Vital statistics of India. Vol. IV, Annual returns from 1871 to 1876. British Army of India, Native Army and jails of Bengal
Year: 1871
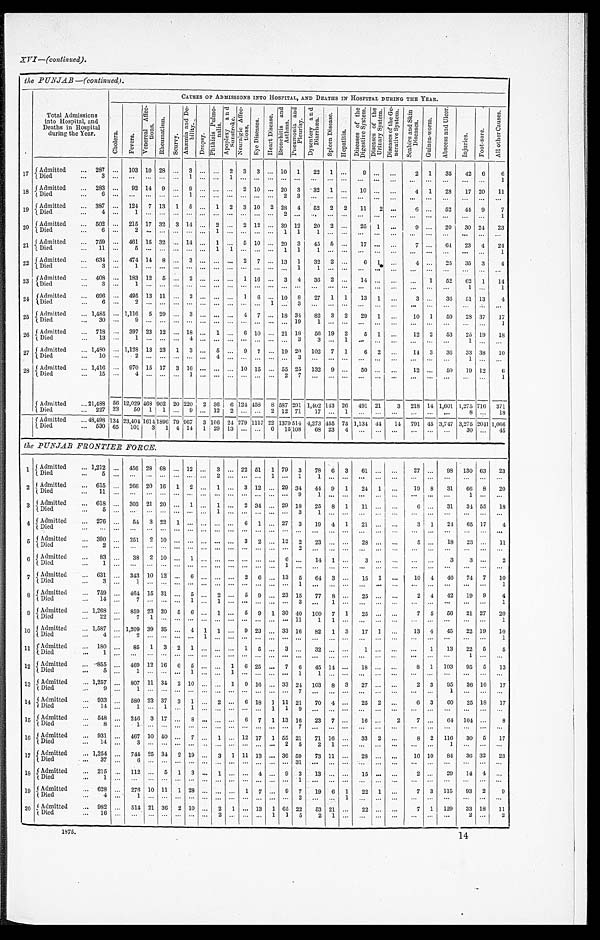
the PUNJAB —(continued).
Total Admissions
into Hospital, and
Deaths in Hospital
during the Year.
CAUSES OF ADMISSIONS INTO HOSPITAL, AND DEATHS IN HOSPITAL DURING THE YEAR.
C h o l e r a .
F e v e r s .
V e n e r a l A f f e c t i o n s .
R h e u ma t i s m.
S c u r v y .
A n æ m i a a n d D e b i l i t y .
D r o p s y .
P h t h i s i s P u l m o n a l i s .
A p o p l e x y a n d S u n s t r o k e .
N e u r a l g i c A f f e c t i o n s .
E y e D i s e a s e s .
H e a r t D i s e a s e .
B r o n c h i t i s a n d A s t h m a . P n e u m o n i a a n d P l e u r i s y .
D y s e n t e r y a n d D i a r r h œ a .
S p l e e n D i s e a s e .
H e p a t i t i s .
D i s e a s e s o f t h e D i g e s t i v e S y s t e m .
D i s e a s e s o f t h e U r i n a r y S y s t e m .
D i s e a s e s o f t h e G e n e r a t i v e S y s t e m . S c a b i e s a n d S k i n D i s e a s e s .
G u i n e a - w o r m .
A b s c e s s a n d U l c e r .
I n j u r i e s .
F o o t - s o r e .
A l l o t h e r C a u s e s .
1 7
Admitted
... 287
. . . 103 10 28 ... 3
. . .
. . . 2 3 3 ... 10 1
22 1 ...
9
. . .
. . .
2 1
35
42 6
6
Died
. . .
3
. . .
. . . . . . ...
. . .
1
. . .
. . .
1
. . .
. . .
. . .
. . . . . .
. . . . . .
. . .
. . .
. . .
. . .
...
. . .
. . .
. . . ...
1
1 8 Admitted
... 283
. . . 92 14 9 ... 9
. . .
. . .
. . . 2 10
. . . 20 3
32 1 ...
10
. . .
. . .
4 1
28
17 20
11
Died
. . .
6
. . .
. . . . . . ...
. . .
1
. . .
. . .
. . .
. . .
. . .
. . .
2
3
. . .
. . . . . .
. . .
. . .
. . .
. . .
. . .
. . .
. . . ...
. . .
1 9 Admitted
. . . 387 ... 124 7 13 1 5
. . .
1
2 3 10 2 28 4
52 2 2
11
2
. . .
6 ...
52
44 9
7
Died
. . .
4
. . .
1 . . . ...
. . .
. . .
. . .
. . .
. . .
. . .
. . .
. . .
2
. . .
. . .
. . .
. . .
. . .
. . .
. . .
. . .
. . .
. . .
. . .
...
1
20
Admitted
. . . 502 ... 215 17 32 3 14
. . .
2
. . .
2
1 2
. . .
3 9 12
20 2 ...
25 1
. . .
9 ...
20
30 24
23
Died
. . .
6
. . .
2 . . . ...
. . .
. . .
. . .
1
. . .
. . .
. . .
. . .
1
1
1
. . . . . .
. . .
. . .
. . .
. . .
. . .
. . .
. . . ...
. . .
21
Admitted
. . . 759 ... 461 15 32
. . .
1 4 . . .
1 . . .
5
1 0 . . . 29 3
45 5 ...
17 ... ...
7
. . . 64 23 4
24
Died
. . .
1 1
. . .
5 . . . ...
. . .
. . .
. . .
1
1
. . .
. . .
. . .
1
1
1
. . .
. . .
. . .
. . .
. . .
. . .
. . .
. . .
. . .
...
1
2 2 Admitted
...
6 3 4
. . .
4 7 4 1 4
8
. . .
3
. . .
. . .
. . .
2
7
. . .
1 3
1
3 2
2
. . .
6
1
. . .
4
. . .
2 5
3 5
3
4
Died
. . .
3
. . .
1 . . .
. . . . . .
. . .
. . .
. . .
. . .
. . .
. . .
. . .
. . . 1
1
. . .
. . .
. . .
. . .
. . .
. . .
. . .
. . .
. . .
. . .
. . .
2 3 Admitted
... 408 ... 183 12 5
. . . 2
. . .
. . .
. . . 1 16
. . .
3
4
3 6
2
. . .
1 4
. . .
. . .
. . .
1
5 2
6 2 1
1 4
Died
. . .
3
. . .
1 . . .
. . . . . .
. . .
. . .
. . .
. . .
. . .
. . .
. . .
. . . . . .
. . .
. . .
. . .
. . .
. . .
. . .
. . .
. . .
. . .
1 ...
1
2 4 Admitted
... 696 ... 495 13 11 ... 2
. . .
. . .
. . . 1 6 ... 10 8
27 1 1
13 1 ...
3 ...
36
51 13
4
Died
. . .
6
. . .
2 . . . ...
. . .
. . .
. . .
. . .
. . .
. . .
. . .
1
. . . 3
. . .
. . .
. . .
. . .
. . .
. . .
. . .
. . .
. . .
. . .
...
. . .
2 5 Admitted
. . .
1 , 4 8 5
. . . 1,116 5 29
. . . 3
. . .
. . .
. . .
4
7
. . . 18 34
82 3 2
29
1 ...
10 1
59
28 37
17
Died
. . .
3 0
. . .
9 . . . ...
. . .
. . .
. . .
. . .
. . .
. . .
. . .
. . .
. . . 1 9
1
. . .
. . .
. . .
. . .
. . .
. . .
. . .
. . .
. . .
...
1
26 Admitted
... 718 ... 397 23 12
. . . 18 ... 1 ... 6 10 ..
.
21 18
56 19 2
5 1
. . .
12 2
53
25 19
1 8
Died
. . .
1 3
. . .
1 . . . ...
. . .
4
. . .
. . .
. . .
. . .
. . .
. . .
. . . 3
3
. . .
1
. . .
. . .
. . .
. . .
. . .
. . .
1 ...
. . .
2 7 Admitted
... 1,480 ... 1,128 13 23 1 3
. . .
5
. . . 9
7
. . .
1 9 20 102 7 1
6 2 ...
14 3
36
33 38
10
Died
...
10
. . .
2
. . .
...
. . .
. . .
. . .
4
. . .
. . .
. . .
. . .
. . . 3
. . .
. . .
. . .
. . .
. . .
. . .
. . .
. . .
. . .
1 ...
. . .
2 8 Admitted
... 1,416 ... 970 15 17 3 16 ... ... ... 10 15 ... 55 25 132 9 ...
50 ...
...
12 ...
50
19 12
6
Died
...
1 5
. . .
4
. . .
...
. . .
1
. . .
. . .
. . .
. . .
. . .
. . .
2
7
. . .
. . .
. . .
. . .
. . .
. . .
. . .
. . .
. . .
. . . ...
1
Admitted
... 21,488 56 12,029
4 6 8 902
2 0 220 2 36 6 124 458 8 587 291 1,402
1 4 3
2 6 491 21
3 218 14 1,601 1,275 716 371
Died
... 227 23
50 1 1
. . . 9
. . .
1 2 2
. . .
. . . 2 12 71
17
. . . 1 ... ... ...
... ... ...
8
. . . 18
Admitted
... 48,498 134
2 3 , 4 0 4
1 6 1 4
1896 7 9 9 6 7
3
1 0 6
2 4
2 7 9
1 1 1 7 22
1 3 7 9 5 1 4
4 , 2 7 3 4 5 5
7 5
1 , 1 3 4
4 4
1 4 791 45 3,747 3,275 2041
1 , 0 6 6
Died
. . . 530 65
101
3 1 4 14 1 29 13
. . .
. . .
6
1 5 1 0 8
6 8 2 3
4
. . .
. . .
. . .
. . .
. . .
. . .
3 0
. . .
4 5
the PUNJAB FRONTIER FORCE.
1 Admitted
...
1 , 2 1 2 . . .
4 5 6
2 8 6 8
. . .
1 2
. . .
3 ...
2 2
5 1 1 79 3
78 6 3
61
. . .
. . .
2 7 . . .
9 8
1 3 0
6 3
2 3
Died
. . .
5
. . .
. . .
. . .
. . .
. . .
. . .
. . .
2 ...
. . .
. . .
1
. . .
1
1 . . .
. . .
. . . . . .
. . .
. . . . . .
. . .
. . .
. . .
. . .
2 Admitted
. . .
6 1 5
. . .
2 6 6
2 0 1 6
1
2
. . .
1 ... 3 12 ...
2 9
3 4
4 4 9
1
2 4 1
. . .
1 9
8
3 1
6 6
8
2 0
Died
. . .
1 1
. . .
. . .
. . .
. . .
. . .
. . .
. . .
... ...
. . .
. . .
. . .
. . . 9
1 . . .
. . .
. . . . . .
. . .
. . .
. . .
. . .
1
. . .
. . .
3 Admitted
. . .
6 1 8 . . .
3 0 3
2 1
2 0
. . .
1 . . . 1 ...
2 3 4 . . .
2 9
1 8
2 5
8 1
1 1 . . .
. . .
6
. . .
3 1
3 4
5 5
1 8
Died
. . .
5 . . .
. . .
. . .
. . .
. . .
. . .
. . . 1 ...
. . . . . .
. . .
. . . 3
1
. . . . . .
. . . . . .
. . .
. . .
. . .
. . .
. . .
. . .
. . .
4 Admitted
... 276 . . .
5 4
3 2 2
1
. . .
. . . ... ...
6 1
. . .
2 7
3
1 9
4
1
2 1
. . .
. . .
3
1
2 4
6 5
1 7
4
Died
. . .
. . . . . .
. . .
. . . . . .
. . . . . .
. . . ... ...
. . . . . .
. . .
. . .
. . .
. . .
. . .
. . .
. . .
. . .
. . .
. . .
. . .
. . .
. . .
. . .
. . .
5 Admitted
... 390 ... 251 2 10
. . .
. . .
. . . ... ...
3
2
. . .
1 2 2
2 3
. . .
. . .
2 8
. . .
. . .
5
. . .
1 8
2 3
. . .
1 1
Died
. . .
2 . . .
. . .
. . .
. . .
. . .
. . . . . . ... ...
. . . . . .
. . .
. . . 2
. . .
. . . . . .
. . .
. . .
. . .
. . .
. . .
. . .
. . .
. . .
. . .
6
Admitted
...
83
. . .
3 8
2
1 0
. . . 1
. . . ... ...
. . . . . .
. . .
6
. . .
1 4 1
. . .
3
. . .
. . .
. . .
. . .
3
3
. . .
2
Died
. . .
1
. . .
. . .
. . .
. . .
. . .
. . .
. . . ... ...
. . .
. . .
. . . 1
. . .
. . .
. . . . . .
. . .
. . .
. . .
. . .
. . .
. . .
. . .
. . .
. . .
7 Admitted
... 631
. . . 343 10 12
. . .
6
. . . ... ...
2
6
. . .
1 3 5
6 4
3
. . .
1 5
1
. . .
1 0
4
4 6
7 4
7
1 0
Died
. . .
3
. . .
1
. . .
. . .
. . .
. . .
. . .
... ...
. . .
. . .
. . .
. . . 1
. . .
. . . . . .
. . .
. . .
. . .
. . .
. . .
. . .
. . .
. . .
1
8
A d m i t t e d
. . .
7 5 9
. . .
4 6 4
1 5
3 1
. . .
5
. . .
2 ...
5 9
. . . 2 3
1 5
7 7
8 . . .
2 5
. . .
. . .
2
4
4 2
1 9
9
4
Died
. . .
1 4
. . .
7
. . .
. . .
. . .
1
. . . 1 ...
. . . . . .
. . .
. . . 3
. . .
1
. . .
. . . . . .
. . .
. . .
. . .
. . .
. . .
. . .
1
9 Admitted
. . .
1 , 2 6 8
. . .
8 5 9
2 3
2 0
5
6 . . . 1 ...
5
9
1
3 0
4 0
1 0 0
7
1
2 5
. . .
. . .
7
5
5 6
2 1
2 7
2 0
Died
. . .
2 2
. . .
7
1
. . .
. . .
. . .
. . .
... ...
. . .
. . .
. . .
. . . 1 1
1
1 . . .
. . .
. . .
. . .
. . .
. . .
. . .
. . .
. . .
1
1 0
A d m i t t e d
. . .
1 , 5 8 7
. . .
1 , 2 0 9
3 9
3 5
. . .
4
1 1
...
9
2 3
. . .
3 3
1 6
8 2
1
3
1 7 1
. . .
1 3
4
4 5
2 2
1 9
1 0
Died
. . .
4
. . .
2
. . .
. . .
. . .
. . .
1 ... ...
. . .
. . .
. . .
. . . . . .
. . .
. . . . . .
. . .
. . .
. . .
. . .
. . .
. . .
. . .
. . .
1
1 1 Admitted
. . .
1 8 0
. . .
8 5 1
3
2
1
. . .
... ...
1
5
. . .
3
. . .
3 2
. . .
. . .
1
. . .
. . .
. . . 1
1 3
2 2
5
5
Died
. . .
1
. . .
. . .
. . .
. . .
. . .
. . .
. . . ... ...
. . .
. . .
. . .
. . . . . .
. . .
. . . . . .
. . .
. . .
. . .
. . .
. . .
. . .
1
. . .
. . .
1 2 Admitted
. . .
8 5 5
. . .
4 6 9
1 2
1 6
6
5
. . . ...
1
6
2 5
. . .
7
6
4 5
1 4
. . .
1 8 . . .
. . .
8
1
1 0 3
9 5 5
1 3
Died
. . .
5
. . .
1
. . .
. . .
. . .
1
. . .
...
1
. . .
. . .
. . .
. . . 1
1
. . . . . .
. . .
. . .
. . .
. . .
. . .
. . .
. . .
. . .
. . .
1 3
A d m i t t e d
. . .
1 , 2 5 7
. . .
8 0 7
1 1
3 4
2
1 0
. . . ...
1
9
1 6
. . .
3 3
2 4
1 0 3 8
3
2 7
. . .
. . .
2
3
9 5
3 6 1 6
1 7
Died
. . .
9
. . .
1
. . .
. . .
. . .
. . .
. . .
...
. . .
. . .
. . .
. . .
. . . 7
. . .
. . . . . .
. . .
. . .
. . .
. . .
. . .
1
. . .
. . .
. . .
1 4 Admitted
. . .
9 3 3
. . .
5 8 0
2 3
3 7
3
1
. . .
2 ...
6
1 8 1
1 1
2 1
7 0
4
. . .
2 5
2
. . .
6
3
6 0
2 5 1 8
1 7
Died
. . .
1 4
. . .
1
. . .
1
. . .
1
. . . ... ...
. . .
. . .
1
1
9
. . .
. . . . . .
. . .
. . .
. . .
. . .
. . .
. . .
. . .
. . .
. . .
1 5 Admitted
. . .
5 4 8
. . .
2 4 6
3
1 7
. . .
8
. . . ... ...
6
7
1
1 3
1 6
2 3
7
. . .
1 6
. . .
2
7
. . .
6 4
1 0 4
. . .
8
Died
. . .
8
. . .
1
. . .
. . .
. . .
. . .
. . .
... ...
. . .
. . .
. . .
. . . 7
. . .
. . . . . .
. . .
. . .
. . .
. . .
. . .
. . .
. . .
. . .
. . .
1 6
Admitted
. . .
9 3 1
. . .
4 6 7
1 0
4 0
. . .
7
. . .
1 ...
1 2
1 7
1
5 5
2 1
7 1
1 6 . . .
3 3
2
. . .
8
2
1 1 6
3 0 5
1 7
Died
. . .
1 4
. . .
3
. . .
. . .
. . .
. . . . . .
. . .
...
. . .
. . .
. . .
2
5
2
1 . . .
. . .
. . .
. . .
. . .
. . .
1
. . .
. . .
. . .
1 7 Admitted
. . .
1 , 2 5 4
. . .
7 4 4
2 5
3 4 2
1 9
. . .
3
1
1 1
1 3
. . .
3 6
5 9
7 3
1 1 . . .
2 8
. . .
. . .
1 0
1 0
8 4
3 6 3 2
2 3
Died
. . .
3 7
. . .
6
. . .
. . .
. . .
. . . . . .
. . . . . .
. . .
. . .
. . .
. . . 3 1
. . .
. . . . . .
. . .
. . .
. . .
. . .
. . .
. . .
. . .
. . .
. . .
1 8 Admitted
. . .
2 1 5
. . . 1 1 2
. . .
5
1
3
. . .
1 ...
. . .
4
. . .
9
3
1 3
. . .
. . .
1 5
. . .
. . .
2
. . .
2 9
1 4 4
. . .
Died
. . .
1
. . .
. . .
. . .
. . .
. . .
. . .
. . . ... ...
. . .
. . .
. . .
. . .
1
. . .
. . . . . .
. . .
. . .
. . .
. . .
. . .
. . .
. . .
. . .
. . .
1 9 Admitted
. . .
6 2 8
. . .
2 7 6
1 0
1 1 1
2 8
. . .
... ...
1
7
. . .
9
7
1 9
6 1
2 2
1
. . .
7
3
1 1 5
9 3 2
9
Died
. . .
4
. . .
1
. . .
. . .
. . .
. . .
. . . ... ...
. . .
. . .
. . .
. . . 2
. . .
. . . 1
. . .
. . .
. . .
. . .
. . .
. . .
. . .
. . .
. . .
2 0 Admitted
. . .
9 8 2
. . .
5 1 4
2 1
3 6 2 1 0
. . .
2 1
. . .
1 3
1
6 5 2 2
5 3
2 1 . . .
2 2
. . .
. . .
7
1
1 2 9
3 3 1 8
1 1
Died
. . .
1 6
. . .
. . .
. . .
. . .
. . .
. . .
. . .
2
. . .
. . .
. . .
1
1
5
2
1 . . .
. . .
. . .
. . .
. . .
. . .
. . .
2
. . .
2
1 8 7 5 .